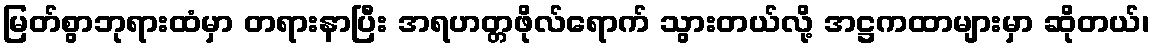
မြတ်စွာဘုရားထံမှာ တရားနာပြီး အရဟတ္တဖိုလ်ရောက် သွားတယ်လို့ အဋ္ဌကထာများမှာ ဆိုတယ်၊